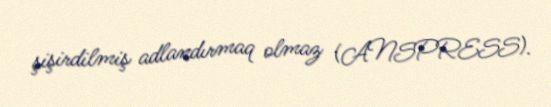
şişirdilmiş adlandırmaq olmaz (ANSPRESS).